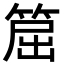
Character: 𥮝